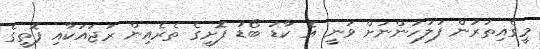
މީގެއިތުރުން ފުލުހުންނަށް ވަނީ އެ ކާޑު ބޯޑު ފޮށީގެ ތެރެއިން ރަޖައަކާއި ފޮތީގެ